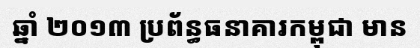
ឆ្នាំ ២០១៣ ប្រព័ន្ធធនាគារកម្ពុជា មាន